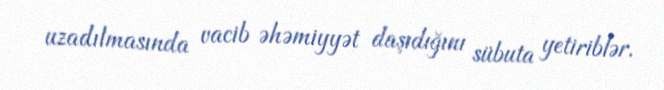
uzadılmasında vacib əhəmiyyət daşıdığını sübuta yetiriblər.